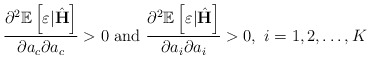
\begin{align*} \frac{\partial^2 \mathbb{E}\left[\varepsilon|\hat{\mathbf{H}}\right]}{\partial a_c \partial a_c} >0 ~{\rm and} ~ \frac{\partial^2 \mathbb{E}\left[\varepsilon|\hat{\mathbf{H}}\right]}{\partial a_i \partial a_i} >0, ~ i=1,2, \ldots, K\end{align*}